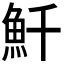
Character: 𩵞